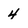
Character: 4